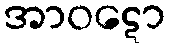
အာဝဋော